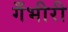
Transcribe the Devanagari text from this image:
गँभीरी